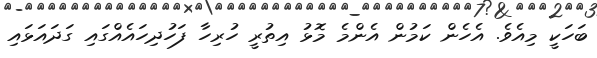
ބަހަކީ މިއެވެ. އެހެން ކަމުން އެންމެ މޮޅު އިތުރީ ހުރިހާ ފަހުދިހައެއްގައި ގަދައަޅައި